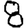
Digit: 8